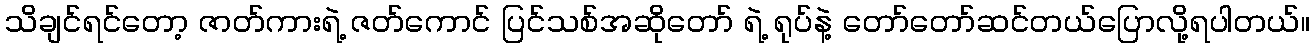
သိချင်ရင်တော့ ဇာတ်ကားရဲ့ ဇတ်ကောင် ပြင်သစ်အဆိုတော် ရဲ့ ရုပ်နဲ့ တော်တော်ဆင်တယ်ပြောလို့ရပါတယ်။